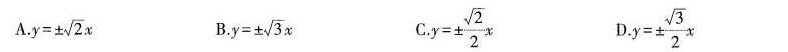
A.$$y = ± \sqrt { 2 } x$$ B.$$y = ± \sqrt { 3 } x$$ C.$$y = ± \frac { \sqrt { 2 } } { 2 } x$$ D.$$y = ± \frac { \sqrt { 3 } } { 2 } x$$